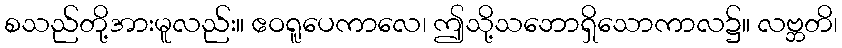
စသည်တို့အားမူလည်း။ ဧဝရူပေကာလေ၊ ဤသို့သဘောရှိသောကာလ၌။ လဗ္ဘတိ၊